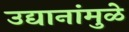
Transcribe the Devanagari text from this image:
उद्यानांमुळे